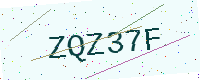
Text: ZQZ37F